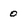
Character: 0